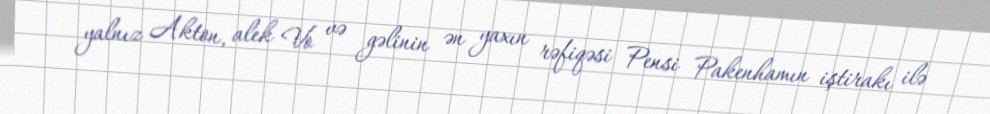
yalnız Akton, alek Vo və gəlinin ən yaxın rəfiqəsi Pensi Pakenhamın iştirakı ilə